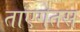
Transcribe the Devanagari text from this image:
ताएगेतस